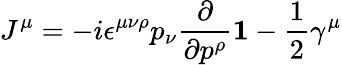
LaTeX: J^{\mu}=-i\epsilon^{\mu\nu\rho}p_{\nu}{\frac{\partial}{\partial p^{\rho}}}{\mathbf 1}-\frac{1}{2}\gamma^{\mu}